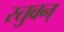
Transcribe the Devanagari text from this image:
स्तुवन्